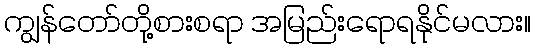
ကျွန်တော်တို့စားစရာ အမြည်းရောရနိုင်မလား။